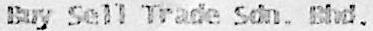
BUY SELL TRADE SDN. BHD.